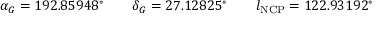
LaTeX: \alpha _ { G } = 1 9 2 . 8 5 9 4 8 ^ { \circ } \qquad \delta _ { G } = 2 7 . 1 2 8 2 5 ^ { \circ } \qquad l _ { \mathrm { N C P } } = 1 2 2 . 9 3 1 9 2 ^ { \circ }